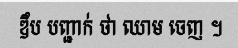
ឌឹប បញ្ជាក់ ថា ឈាម ចេញ ។